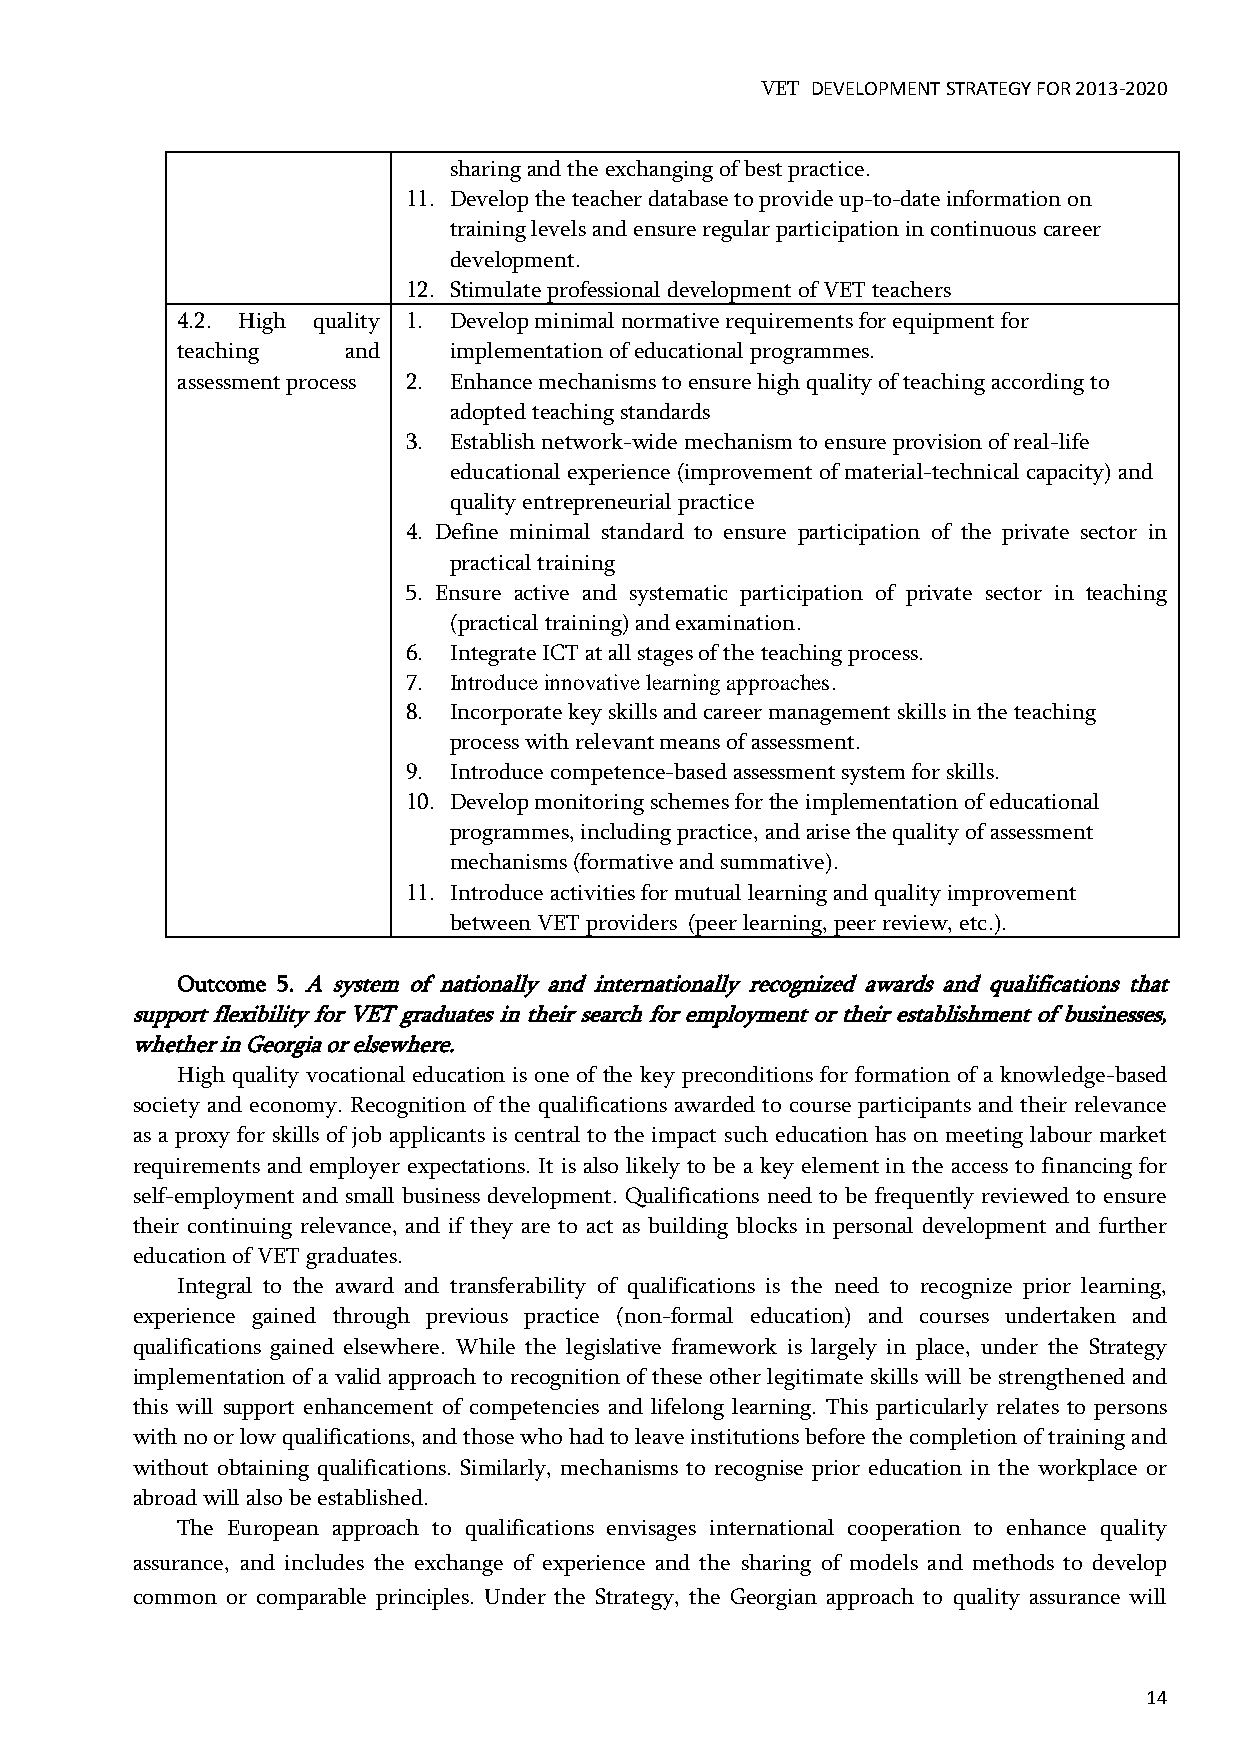
VET DEVELOPMENT STRATEGY FOR 2013-2020
 sharing and the exchanging of best practice.
 11. Develop the teacher database to provide up-to-date information on
 training levels and ensure regular participation in continuous career
 development.
 12. Stimulate professional development of VET teachers
 4.2. High quality 1. Develop minimal normative requirements for equipment for
 teaching   and    implementation of educational programmes.
 assessment process 2. Enhance mechanisms to ensure high quality of teaching according to
 adopted teaching standards
 3. Establish network-wide mechanism to ensure provision of real-life
 educational experience (improvement of material-technical capacity) and
 quality entrepreneurial practice
 4. Define minimal standard to ensure participation of the private sector in
 practical training
 5. Ensure active and systematic participation of private sector in teaching
 (practical training) and examination.
 6. Integrate ICT at all stages of the teaching process.
 7. Introduce innovative learning approaches.
 8. Incorporate key skills and career management skills in the teaching
 process with relevant means of assessment.
 9. Introduce competence-based assessment system for skills.
 10. Develop monitoring schemes for the implementation of educational
 programmes, including practice, and arise the quality of assessment
 mechanisms (formative and summative).
 11. Introduce activities for mutual learning and quality improvement
 between VET providers (peer learning, peer review, etc.).
 Outcome 5. A system of nationally and internationally recognized awards and qualifications that
 support flexibility for VET graduates in their search for employment or their establishment of businesses,
 whether in Georgia or elsewhere.
 High quality vocational education is one of the key preconditions for formation of a knowledge-based
 society and economy. Recognition of the qualifications awarded to course participants and their relevance
 as a proxy for skills of job applicants is central to the impact such education has on meeting labour market
 requirements and employer expectations. It is also likely to be a key element in the access to financing for
 self-employment and small business development. Qualifications need to be frequently reviewed to ensure
 their continuing relevance, and if they are to act as building blocks in personal development and further
 education of VET graduates.
 Integral to the award and transferability of qualifications is the need to recognize prior learning,
 experience gained through previous practice (non-formal education) and courses undertaken and
 qualifications gained elsewhere. While the legislative framework is largely in place, under the Strategy
 implementation of a valid approach to recognition of these other legitimate skills will be strengthened and
 this will support enhancement of competencies and lifelong learning. This particularly relates to persons
 with no or low qualifications, and those who had to leave institutions before the completion of training and
 without obtaining qualifications. Similarly, mechanisms to recognise prior education in the workplace or
 abroad will also be established.
 The European approach to qualifications envisages international cooperation to enhance quality
 assurance, and includes the exchange of experience and the sharing of models and methods to develop
 common or comparable principles. Under the Strategy, the Georgian approach to quality assurance will
 14